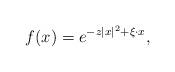
LaTeX: \begin{align*}f(x) = e^{- z |x|^2 + \xi \cdot x},\end{align*}